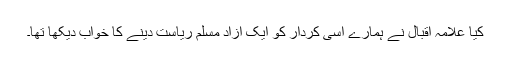
کیا علامہ اقبال نے ہمارے اسی کردار کو ایک آزاد مسلم ریاست دینے کا خواب دیکھا تھا۔